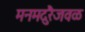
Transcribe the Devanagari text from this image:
मनमदुरैजवळ